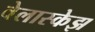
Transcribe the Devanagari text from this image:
वेलास्केझ